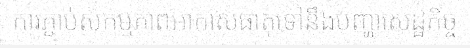
ការភ្ជាប់សកម្មភាពអាកាសធាតុទៅនឹងបញ្ហាសេដ្ឋកិច្ច